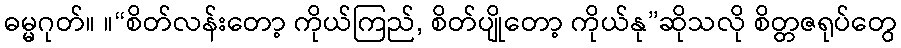
ဓမ္မဂုတ်။ ။“စိတ်လန်းတော့ ကိုယ်ကြည်, စိတ်ပျိုတော့ ကိုယ်နု”ဆိုသလို စိတ္တဇရုပ်တွေ